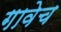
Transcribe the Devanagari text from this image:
गावेच